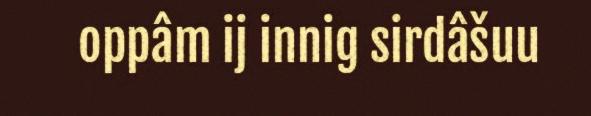
oppâm ij innig sirdâšuu